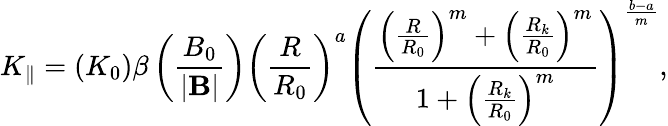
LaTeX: K_{\parallel}=\left(K_{0}\right)\beta\left(\frac{B_{0}}{\left|\mathbf{B}\right|}\right)\left(\frac{R}{R_{0}}\right)^{a}\left(\frac{\left(\frac{R}{R_{0}}\right)^{m}+\left(\frac{R_{k}}{R_{0}}\right)^{m}}{1+\left(\frac{R_{k}}{R_{0}}\right)^{m}}\right)^{\frac{b-a}{m}},